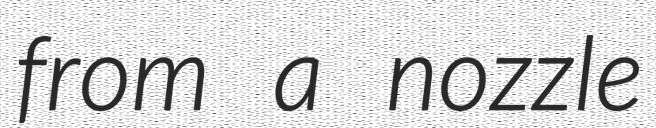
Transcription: from a nozzle